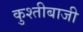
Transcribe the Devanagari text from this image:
कुश्तीबाजी